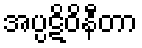
အပ္ပဋိဝိနီတာ